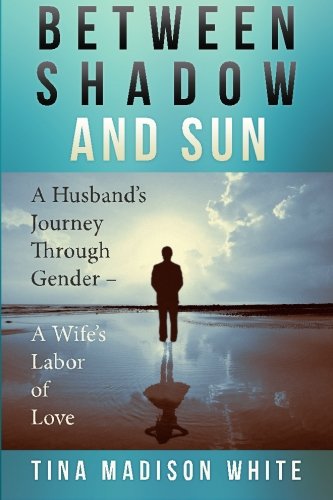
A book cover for Between Shadow and Sun: A Husband's Journey Through Gender - A Wife's Labor of Love; Ms. Tina Madison White; Gay & Lesbian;